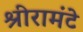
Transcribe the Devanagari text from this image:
श्रीरामंटे